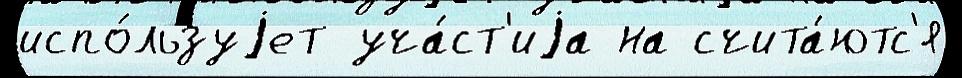
испо́льзуjет уча́ст'иjа на счита́ютс'я